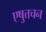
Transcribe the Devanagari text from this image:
एषुत्तचन